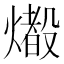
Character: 𤐢